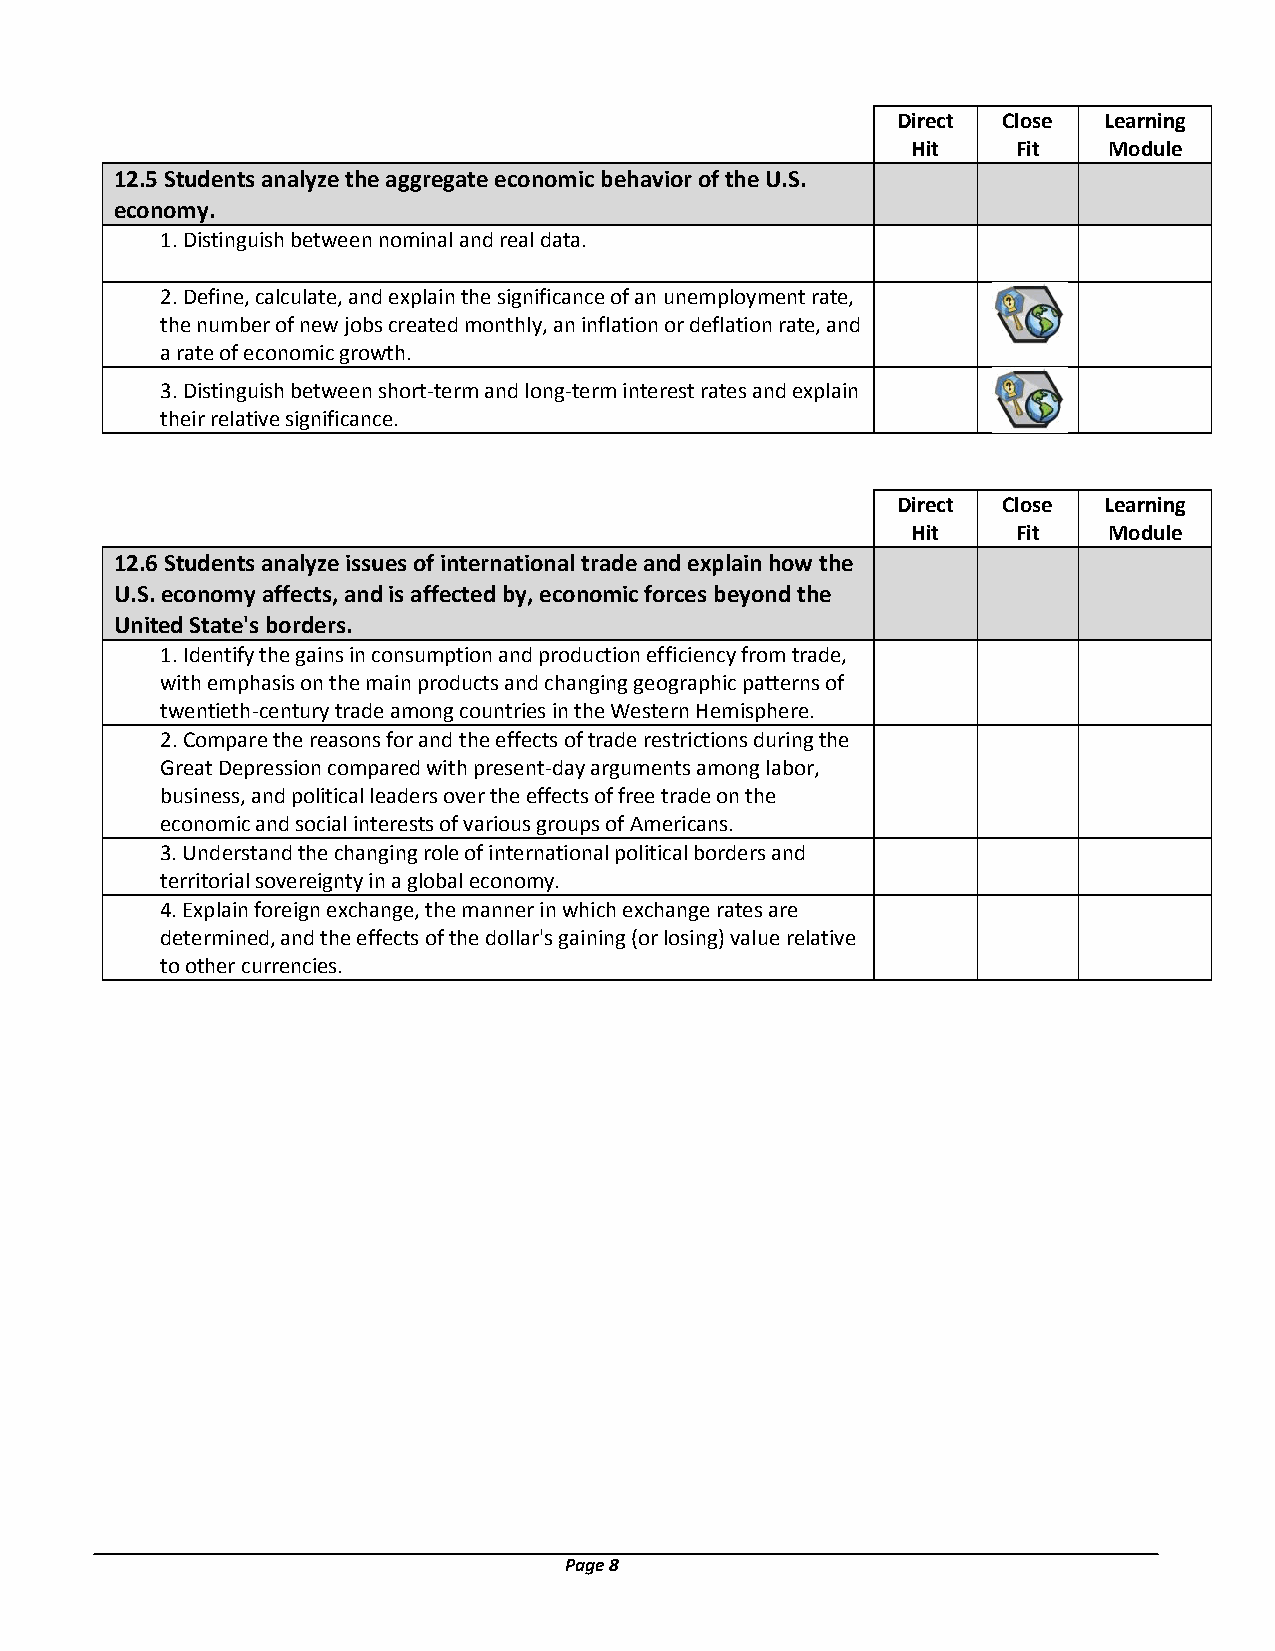
Direct Close  Learning
 Hit    Fit   Module
 12.5 Students analyze the aggregate economic behavior of the U.S.
 economy.
 1. Distinguish between nominal and real data.
 2. Define, calculate, and explain the significance of an unemployment rate,
 the number of new jobs created monthly, an inflation or deflation rate, and
 a rate of economic growth.
 3. Distinguish between short-term and long-term interest rates and explain
 their relative significance.
 Direct Close  Learning
 Hit    Fit   Module
 12.6 Students analyze issues of international trade and explain how the
 U.S. economy affects, and is affected by, economic forces beyond the
 United State's borders.
 1. Identify the gains in consumption and production efficiency from trade,
 with emphasis on the main products and changing geographic patterns of
 twentieth-century trade among countries in the Western Hemisphere.
 2. Compare the reasons for and the effects of trade restrictions during the
 Great Depression compared with present-day arguments among labor,
 business, and political leaders over the effects of free trade on the
 economic and social interests of various groups of Americans.
 3. Understand the changing role of international political borders and
 territorial sovereignty in a global economy.
 4. Explain foreign exchange, the manner in which exchange rates are
 determined, and the effects of the dollar's gaining (or losing) value relative
 to other currencies.
 Page 8